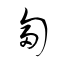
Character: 匐